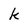
Character: k